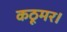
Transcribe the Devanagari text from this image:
कठूमर।